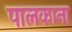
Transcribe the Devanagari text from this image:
पालकाना